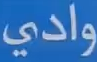
وادي